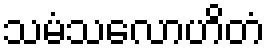
သမံသလောဟိတံ